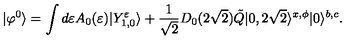
| \varphi ^ { 0 } \rangle = \int d \varepsilon A _ { 0 } ( \varepsilon ) | Y _ { 1 , 0 } ^ { \varepsilon } \rangle + \frac { 1 } { \sqrt { 2 } } D _ { 0 } ( 2 \sqrt { 2 } ) \tilde { Q } | 0 , 2 \sqrt { 2 } \rangle ^ { x , \phi } | 0 \rangle ^ { b , c } .